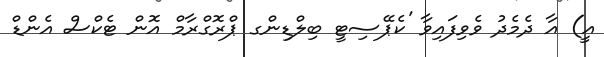
އީ) އާ ދެމެދު ވެވިފައިވާ 'ކެޕޭސިޓީ ބިލްޑިންގ ޕްރޮގްރާމް އޮން ޓެކްސް އެންޑް